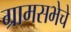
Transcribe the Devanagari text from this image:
ग्रामसभेचे